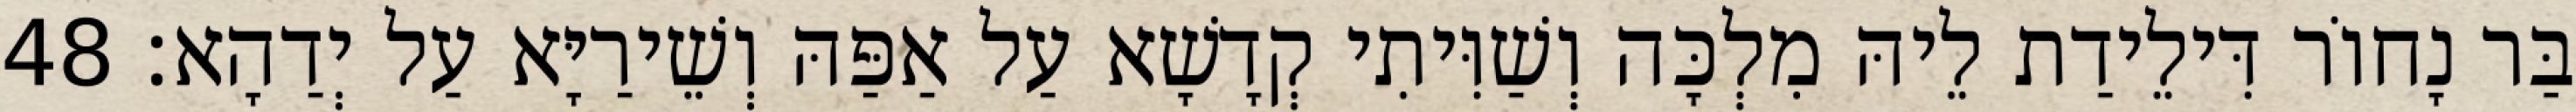
בַּר נָחוֹר דִּילֵידַת לֵיהּ מִלְכָּה וְשַׁוִּיתִי קְדָשָׁא עַל אַפַּהּ וְשֵׁירַיָּא עַל יְדַהָא׃ 48